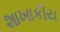
શાખાકીય